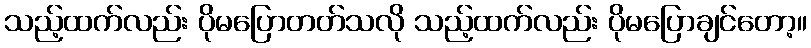
သည့်ထက်လည်း ပိုမပြောတတ်သလို သည့်ထက်လည်း ပိုမပြောချင်တော့။